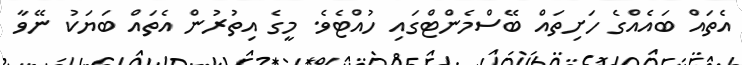
އެތައް ބައެއްގެ ހަށިތައް ބޭސްމެންޓްގައި ހުއްޓެވެ. މީގެ އިތުރުން އެތައް ބަޔަކު ނޭވާ